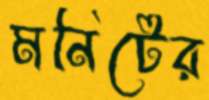
মনিটের